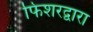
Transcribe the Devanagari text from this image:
फिशरद्वारा